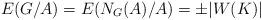
LaTeX: \begin{align*}E(G/A) = E(N_G(A)/A) = \pm |W(K)|\end{align*}